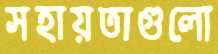
সহায়তাগুলো